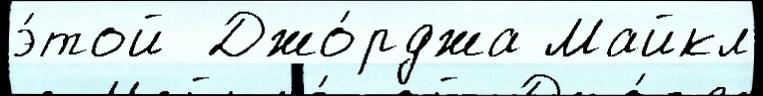
э́той  Джо́рджа Майкл